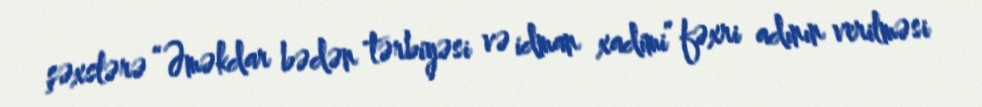
şəxslərə “Əməkdar bədən tərbiyəsi və idman xadimi” fəxri adının verilməsi